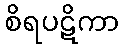
စိရပဋိကာ